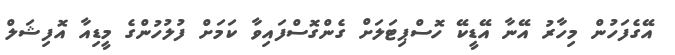
އޭގެފަހުން މިހާރު އޭނާ އޭޑީކޭ ހޮސްޕިޓަލަށް ގެންގޮސްފައިވާ ކަމަށް ފުލުހުންގެ މީޑިއާ އޮފިޝަލް